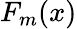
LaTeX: F_{m}(x)